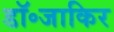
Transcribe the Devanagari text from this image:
डॉ॰जाकिर